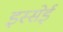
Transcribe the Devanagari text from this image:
इस्सेई